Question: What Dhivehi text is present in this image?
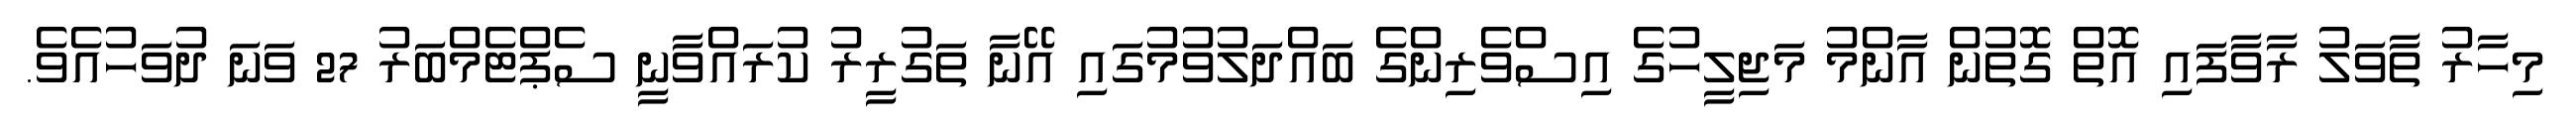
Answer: މިހާރު ތާވަލު ރާވާފައި އޮތް ގޮތުން އާންމު މަޖިލީހުގެ އިސްވެރިންގެ ބައްދަލުވުމުގައި އޭނާ ތަގުރީރު ކުރައްވާނީ ސެޕްޓެމްބަރު 27 ވަނަ ދުވަހުއެވެ.